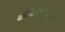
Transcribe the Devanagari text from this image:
कवियारासू